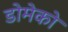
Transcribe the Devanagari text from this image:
डोमेको